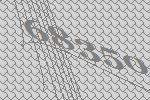
68350